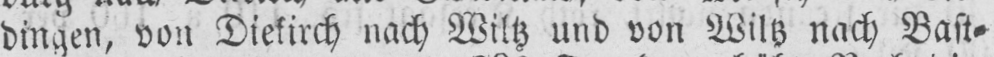
dingen, von Diekirch nach Wiltz und von Wiltz nach Bast⸗